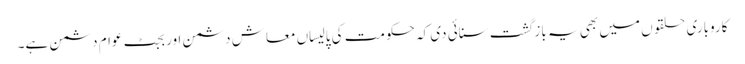
کاروباری حلقو ں میں بھی یہ باز گشت سنائی دی کہ حکومت کی پالیساں معاش دشمن اور بجٹ عوام دشمن ہے۔